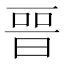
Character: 𣈆